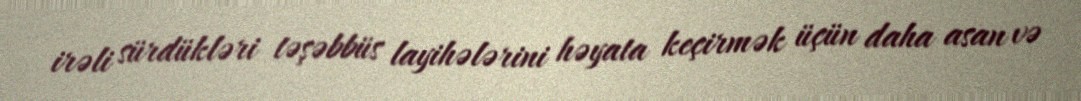
irəli sürdükləri təşəbbüs layihələrini həyata keçirmək üçün daha asan və